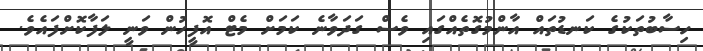
ހިސާބުތަކުގެ ކަނޑުތައް އާންމުގޮތެއްގައި ވެސް ގަދަވާނެ ކަމަށް މެޓް އޮފީހުން ވަނީ ލަފާކޮށްފައެވެ.